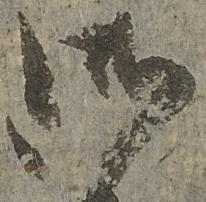
御